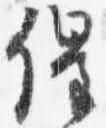
催